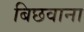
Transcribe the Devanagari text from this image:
बिछवाना